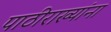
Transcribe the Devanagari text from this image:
पाठीराख्यांना